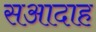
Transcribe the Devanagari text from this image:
सआदाह